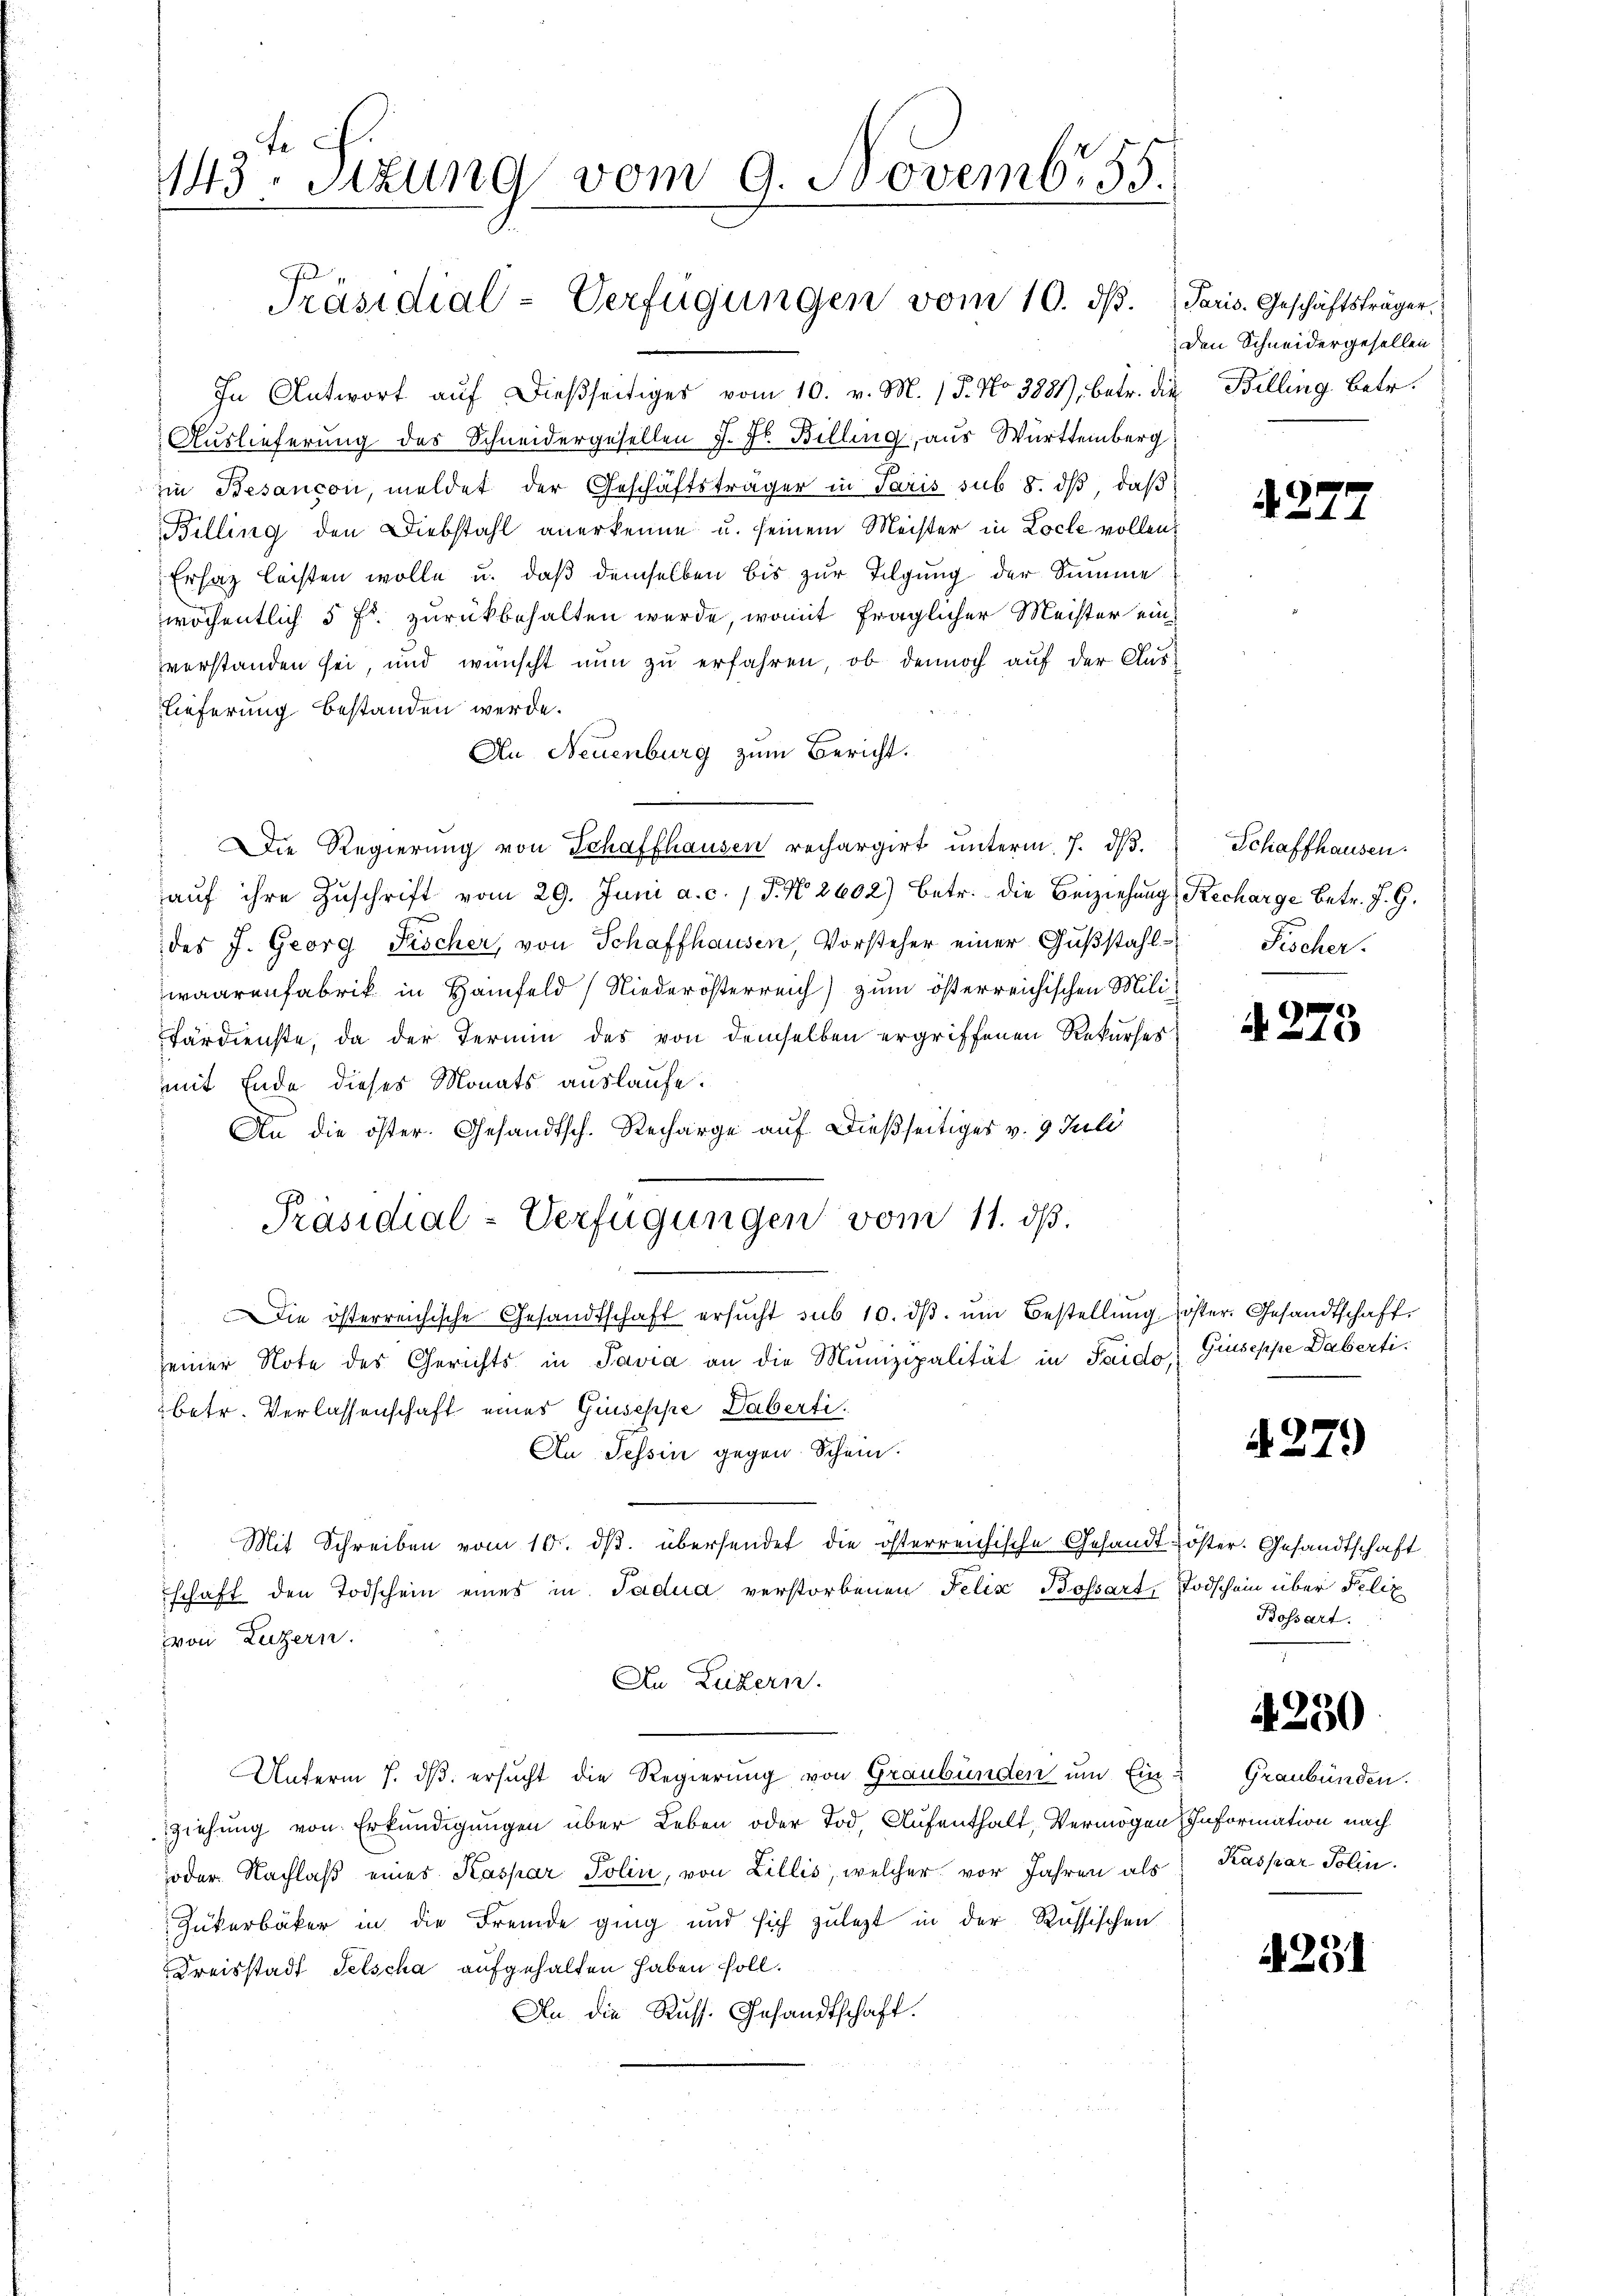
In Antwort aŭf dießseitiges vom 10. v. M. 15. No 3881), betr. die
Auslieferung des Schneidergesellen J. F. Billing, aus Württemberg
zi Besancon, meldet der Geschäftsträger in Paris sub 8. dβ, daβ
Billing den Diebstahl anerkenne u. seinem Meister in Loche vollen,
Ersatz leisten wolle u. daß demselben bis zur Tilgung der Summe
wöchentlich 5 Fr. zurückbehalten wurde, womit fraglicher Meister einverstanden sei, und wünscht nun zu erfahren, ob dennoch auf der Auslieferung bestanden werde.
An Neuenburg zum Bericht.
Die Regierŭng von Schaffhausen rechargirt ŭnterm 7. dβ.
aŭf ihre Zŭschrift vom 29. Juni a. c. 1 P. N. 2602) betr. die Beiziehung Recharge betr. J. G.
des J. Georg Fischer, von Schaffhausen, Vorsteher einer Gŭβstahl Fischer.
waarenfabrik in Hainfeld Niederösterreich zum österreichischen Mili¬
Färdienste, da der Termin des von demselben ergriffenen Rekurses
mit Ende dieses Monats auslaufe.
An die öster. Gesandtsch. Recharge auf dießseitiger v. 9. Juli
Präsidial-Verfügungen vom 11. ds.
ie österreichische Gesandtschaft ersŭcht sub 10. dβ ŭm Bestellŭng öster. Gesandtschaft,
seiner Note des Gerichts in Savia an die Munizipalität in Taido Giuseppe Dabertibetr. Verlassenschaft eines Giuseppe Daberti¬
An Tessin gegen Schein.
Mit Schreiben vom 16. dβ. übersendet die österreichische Gesandtschaft den Todschein eines in Tadua verstorbenen Felix Bossart, Todschein über Felix
von Luzern.
An Luzern.
Unterm 7. dβ ersucht die Regierung von Graubünden um Ein Graubünden.
Ziehung von Erkundigungen über Leben oder Tod. Aufenthalt, Vermögen Information nach
joder Nachlaß eines Kaspar Polin, von Lillis, welcher vor Jahren als
Zukerbäcker in die Fremde ging und sich zulezt in der Russischen
Kreisstadt Selscha aufgehalten haben soll.
An die Russ. Gesandtschaft.

143. Sitzung vom 9. Novemb. 85.

Präsidial-Verfügungen vom 10. ds. Paris. Geschäftsträger

Den Schneidergesellen
Billing betr.

437.

Schaffhausen.

A 275

4279

öster. Gesandtschaft
Bossart.

4250

Kaspar Polin.

4291